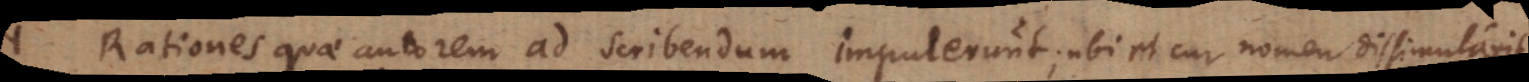
1) Rationes quae autorem ad scribendum impulerunt; ubi et cur nomen dissimulavit.